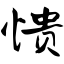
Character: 愦